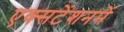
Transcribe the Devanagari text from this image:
एक्सटेंशनमें